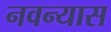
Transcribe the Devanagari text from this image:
नवन्यास